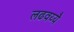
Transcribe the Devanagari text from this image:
लढवय्यै